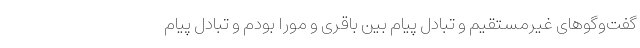
گفت‌وگوهای غیرمستقیم و تبادل پیام بین باقری و مورا بودم و تبادل پیام